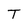
Character: T